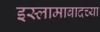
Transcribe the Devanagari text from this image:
इस्लामाबादच्या